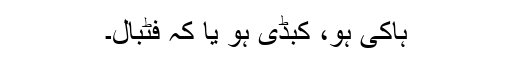
ہاکی ہو، کبڈی ہو یا کہ فٹبال۔